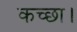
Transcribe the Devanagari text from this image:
कच्छा।